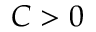
C > 0